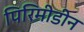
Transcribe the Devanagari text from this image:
पिरिमीडीन